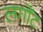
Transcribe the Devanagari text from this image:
लगोंट